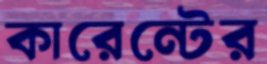
কারেন্টের